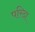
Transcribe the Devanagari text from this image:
परिदा